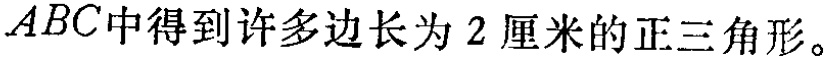
$ABC中得到许多边长为2厘米的正三角形。$